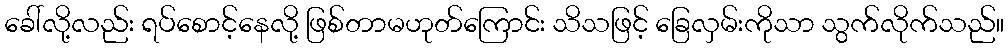
ခေါ်လို့လည်း ရပ်စောင့်နေလို့ ဖြစ်တာမဟုတ်ကြောင်း သိသဖြင့် ခြေလှမ်းကိုသာ သွက်လိုက်သည်။